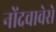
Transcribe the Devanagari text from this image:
नोंदवावेसे